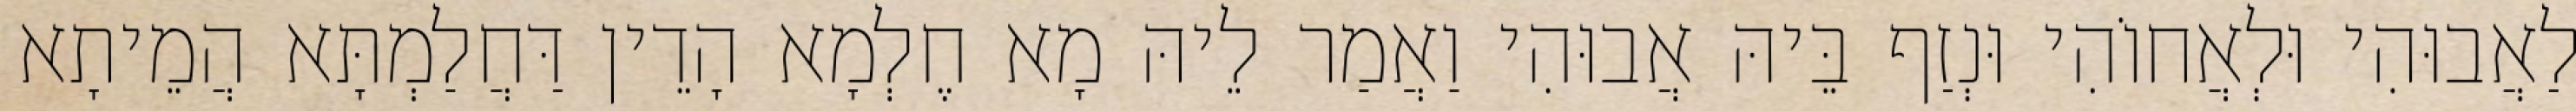
לַאֲבוּהִי וּלְאֲחוֹהִי וּנְזַף בֵּיהּ אֲבוּהִי וַאֲמַר לֵיהּ מָא חֶלְמָא הָדֵין דַּחֲלַמְתָּא הֲמֵיתָא